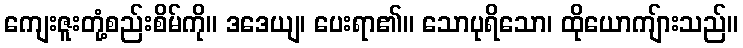
ကျေးဇူးတုံ့စည်းစိမ်ကို။ ဒဒေယျ၊ ပေးရာ၏။ သောပုရိသော၊ ထိုယောကျ်ားသည်။